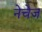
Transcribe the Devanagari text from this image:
नेचेज